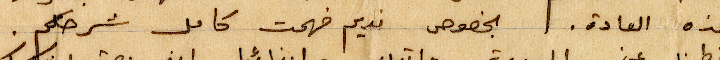
هذه العادة. بخصوص نديم فهمت كامل شرحكم.